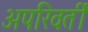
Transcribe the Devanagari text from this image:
अपरिवर्तीं